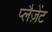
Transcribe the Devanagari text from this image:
प्लैज़ेंट